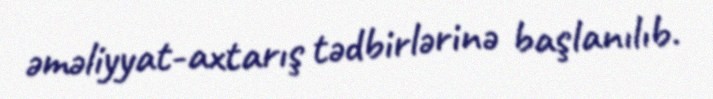
əməliyyat-axtarış tədbirlərinə başlanılıb.